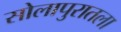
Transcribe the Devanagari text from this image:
सोलापुरातला